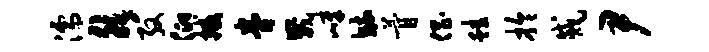
濡然殷仰撼眷崴嶂毓瞢倡蛙拎戚尹